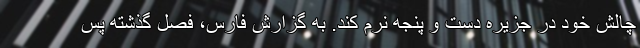
چالش خود در جزیره دست و پنجه نرم کند. به گزارش فارس، فصل گذشته پس